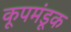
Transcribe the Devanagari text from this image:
कूपमंडूक